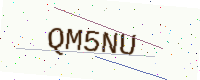
Text: QM5NU